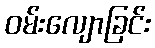
ဝမ်းလျောခြင်း